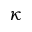
\kappa